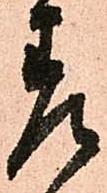
差